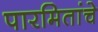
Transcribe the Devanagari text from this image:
पारमितांचे